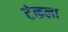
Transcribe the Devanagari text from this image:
टंकला